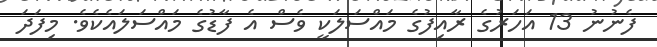
ފެނުނު 13 އަހަރުގެ ރާއިފުގެ މައްސަލަކީ ވެސް އެ ފާޑުގެ މައްސަލައެކެވެ. މިފަދަ